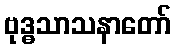
ဗုဒ္ဓသာသနာတော်